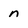
Character: n